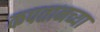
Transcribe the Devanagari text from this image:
कपतानच्या